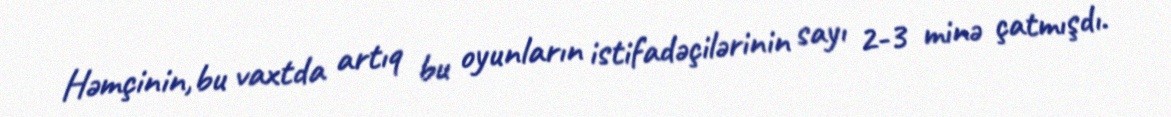
Həmçinin,bu vaxtda artıq bu oyunların istifadəçilərinin sayı 2-3 minə çatmışdı.